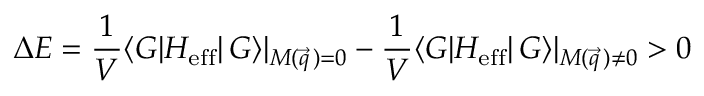
\Delta E = \frac { 1 } { V } \langle { \cal G } | H _ { \mathrm { e f f } } | \, { \cal G } \rangle | _ { M ( \vec { q } \, ) = 0 } - \frac { 1 } { V } \langle { \cal G } | H _ { \mathrm { e f f } } | \, { \cal G } \rangle | _ { M ( \vec { q } \, ) \neq 0 } > 0